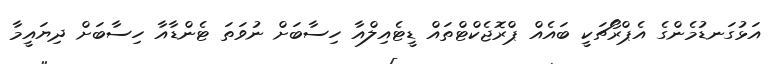
އަޅުގަނޑުމެންގެ އެޕްރޯޗަކީ ބައެއް ޕްރޮޖެކްޓްތައް ޑީޓެއިލްއާ ހިސާބަށް ނުވަތަ ޓެންޑާއާ ހިސާބަށް ދިޔައީމާ